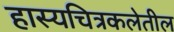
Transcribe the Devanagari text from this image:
हास्यचित्रकलेतील